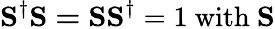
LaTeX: \mathbf{S}^{\dagger}\mathbf{S=SS}^{\dagger}=1\mathrm{~with~}\mathbf{S}